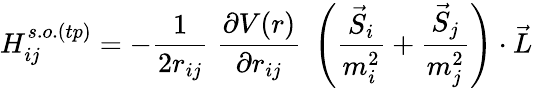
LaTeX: H_{ij}^{s.o.(tp)}=-{\frac{1}{2r_{ij}}}\; {\frac{\partial V(r)}{\partial r_{ij}}}\; \left({{\frac{\vec{S}_{i}}{m_{i}^{2}}}+{\frac{\vec{S}_{j}}{m_{j}^{2}}}}\right)\cdot\vec{L}